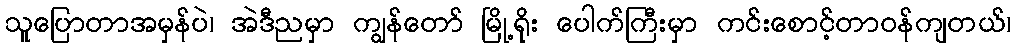
သူပြောတာအမှန်ပဲ၊ အဲဒီညမှာ ကျွန်တော် မြို့ရိုး ပေါက်ကြီးမှာ ကင်းစောင့်တာဝန်ကျတယ်၊